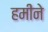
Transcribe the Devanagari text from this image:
हमीने